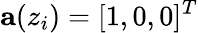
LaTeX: \mathbf{a}(z_{i})=\lbrack 1,0,0\rbrack^{T}